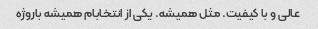
عالی و با کیفیت. مثل همیشه. یکی از انتخابام همیشه باروژه